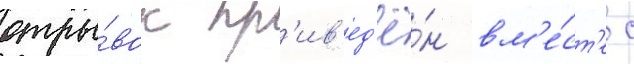
отры́вок пр'ив'ед'ё́н вм'е́ст'е с